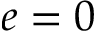
e = 0